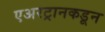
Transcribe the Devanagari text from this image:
एअरट्रानकडून